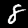
Digit: 8